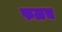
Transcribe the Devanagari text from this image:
फळच